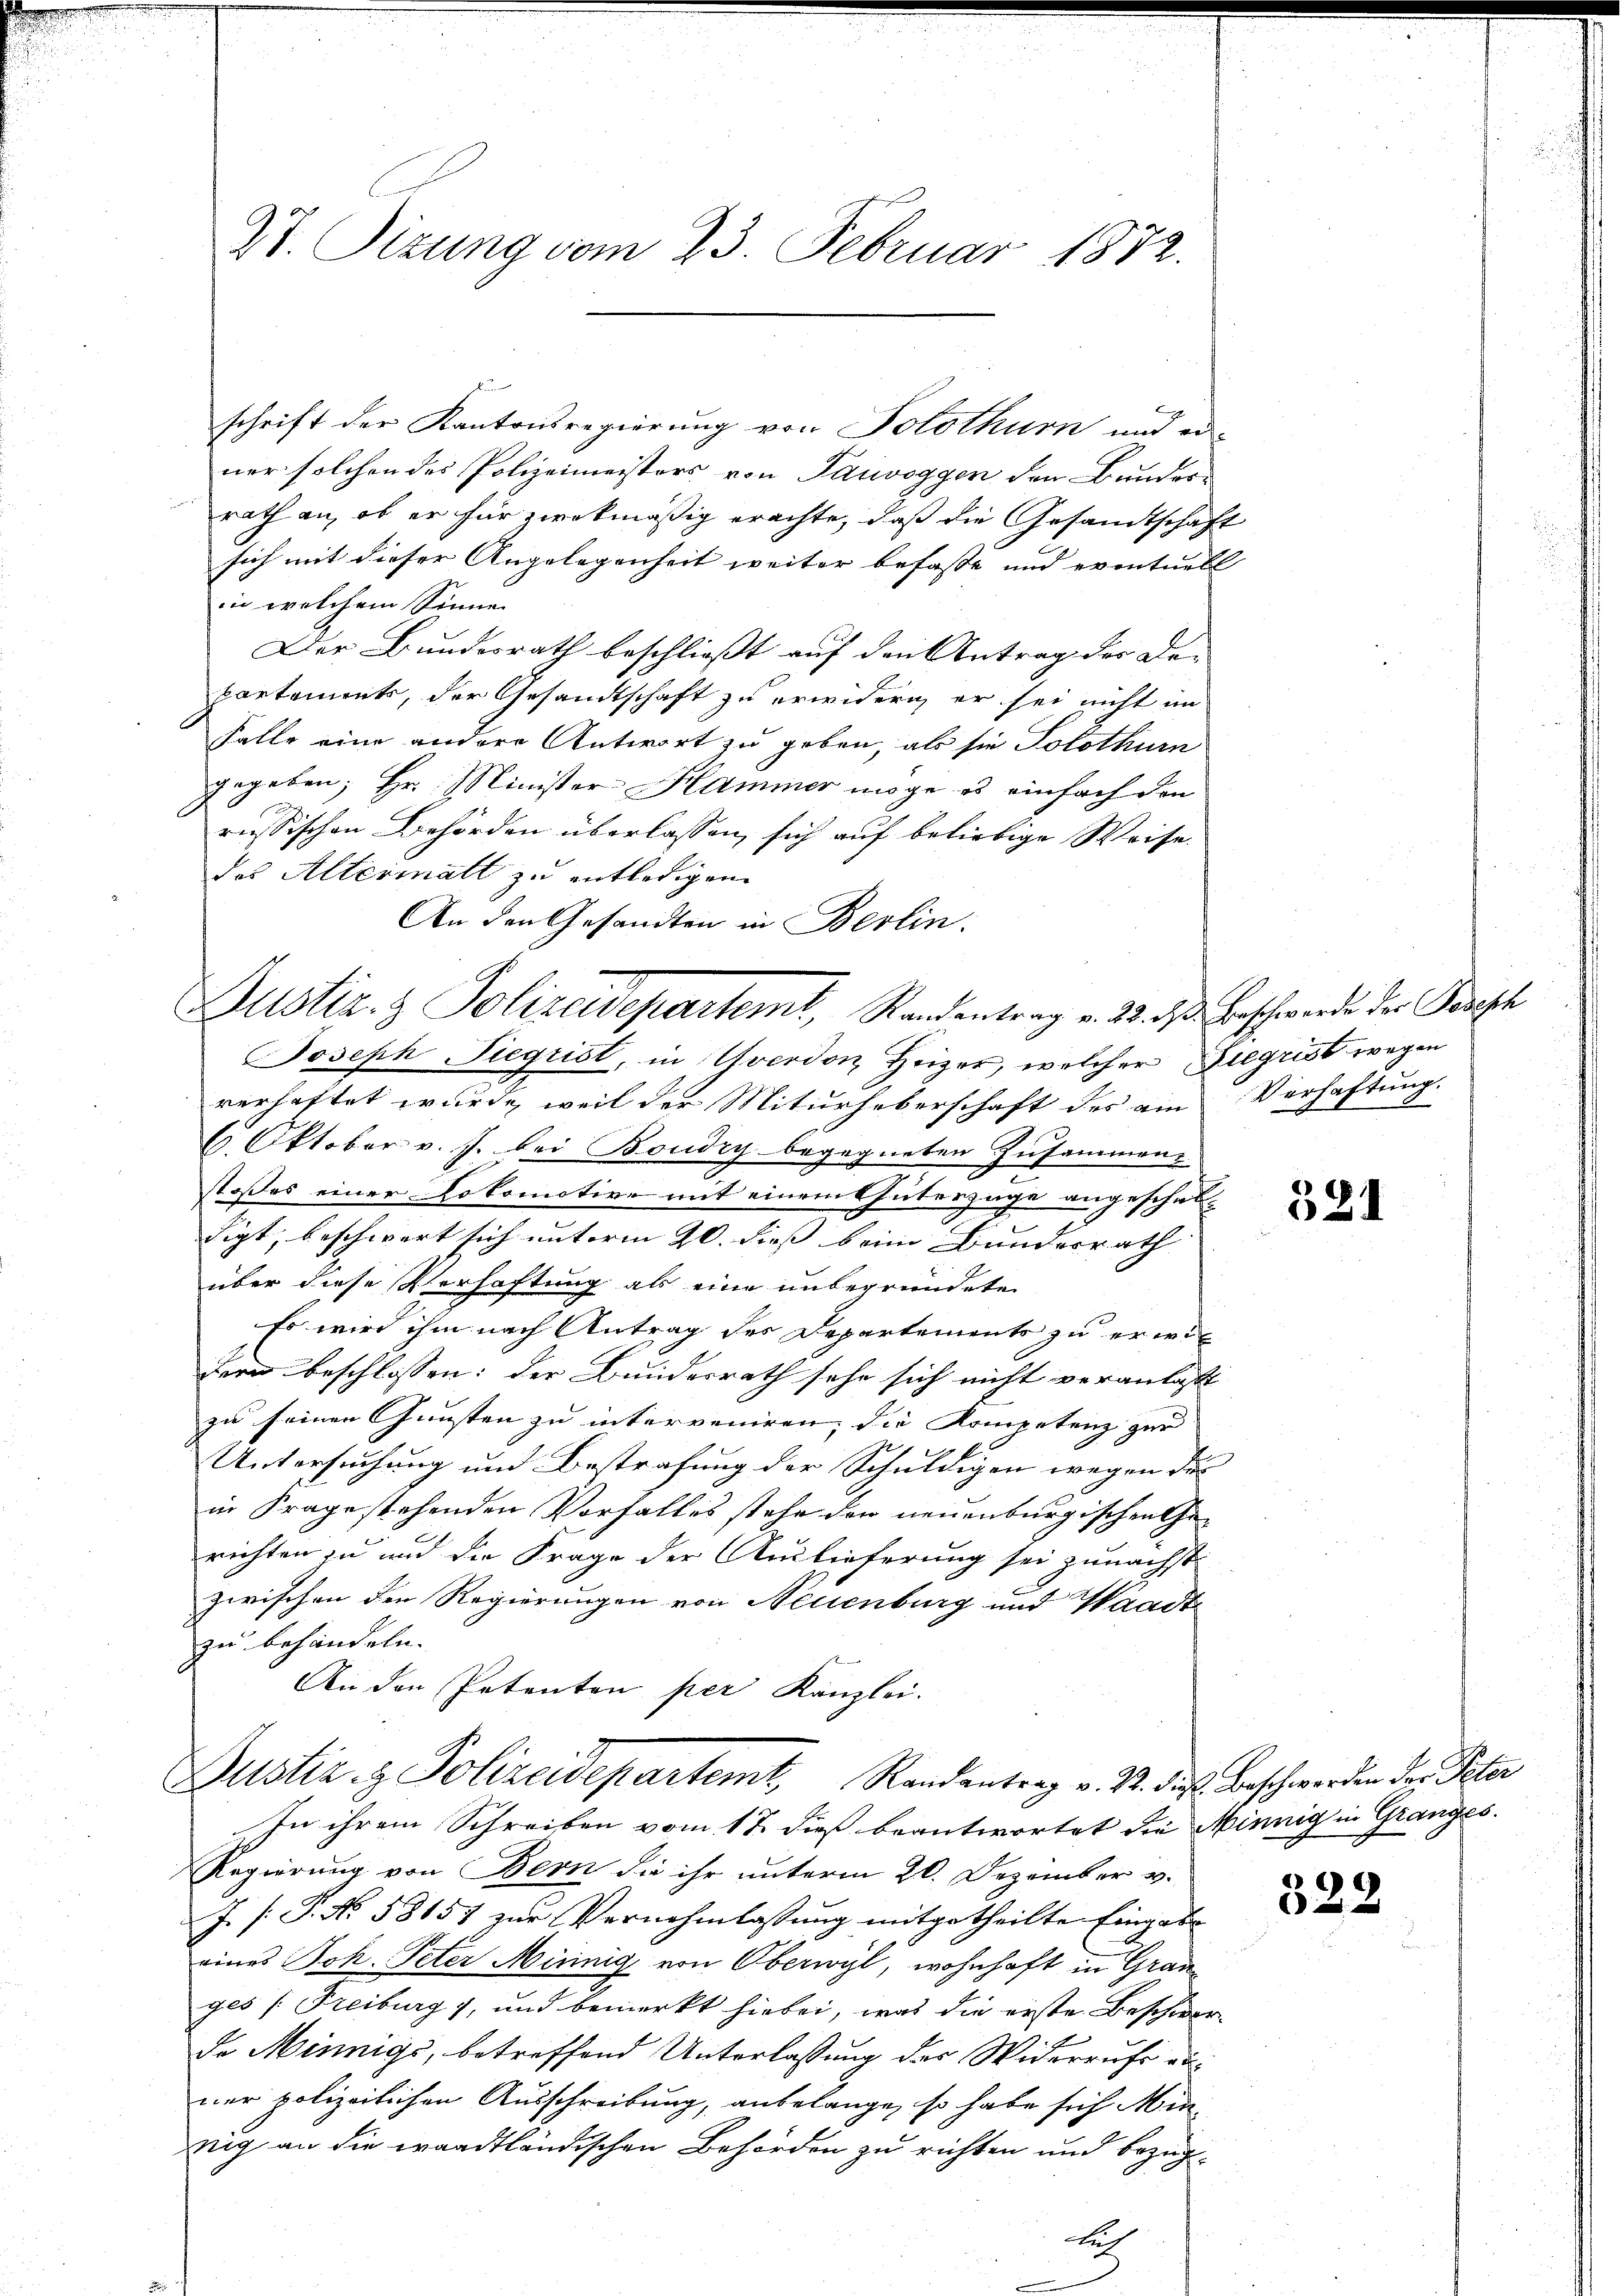
Vt. Sizung vom 23. Februar 1872.

schrift der Kantonsregierung von Solothurn und er-
ner solchen des Polizeimeisters von Tauvoggen den Bunder
rath an, ob er für zwekmäßig erachte, daß die Gesandtschaft
sich mit dieser Angelegenheit weiter befasse und eventuell
in welchem Sinne
Der Bundesrath beschließt auf den Antrag des De-
kartements, der Gesandtschaft zu erwidern, er sei nicht im
Falle eine andere Antwort zu geben, als sie Solothurn
gegeben; Hr. Minister Kammer möge es einfach den
russischen Behörden überlassen, sich auf beliebige Weise
das Altermatt zu entledigen.
An den Gesandten in Berlin.

Justiz- & Polizeidepartemt, Standentrag v. 28. d. Beschwerde der Parisch
Joseph Siegrist, in Yverdon, Heizer, welcher Ziegrist wegen

verhaftet wurde, weil der Miturheberschaft des am
6. Oktober v. J. bei Boudry begegneten Zusammen-
stoßes einer Lokomotive mit einem Güterzüge angeschuldigt, beschwert sich unterm 20. dieß beim Bundesrath
über diese Verhaftung als eine unbegründete
Es wird ihm nach Antrag des Departements zu erwil
dern beschlossen: der Bundesrath sehr sich nicht veranlaßt
zu seinen Gunsten zu interveniren, die Kompetenz zur
Untersuchung und Bestrafung der Schuldigen wegen der
in Fragestehenden Vorfalles stehe den neuenburgischen Gerichten zu und die Frage der Auslieferung sei zunächst
zwischen den Regierungen von Neuenburg und Waadt
zu behandeln.
An den Petenten per Kanzlei.

Justiz & Polizeidepartemt, Randentrag v. 22. d. d. Beschwerden der Peter

erhaftung.
No.

In ihrem Schreiben vom 17. dieß beantwortet die Minnig in Granges
Regierung von Bern die ihr unterm 20. Dezember v.
J. /: J. No. 58157 zur Vernehmlassung mitgetheilte Eingabe
eines Joh. Peter Minnig von Oberwyl, wohnhaft in Grauges /: Freiburg 7, und bemerkt hiebei, was die erste Beschwer-
de Minnigs, betreffend Unterlassung der Widerrufe einer polizeilichen Ausschreibung, anbelange, so habe sich Minnig an die waadtländischen Behörden zu richten und bezüg¬
Ar

§81

322